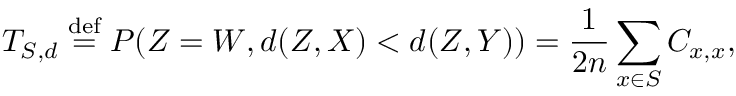
T _ { S , d } \stackrel { \mathrm { d e f } } { = } P ( Z = W , d ( Z , X ) < d ( Z , Y ) ) = \frac { 1 } { 2 n } \sum _ { x \in S } C _ { x , x } ,